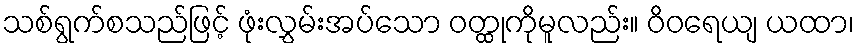
သစ်ရွက်စသည်ဖြင့် ဖုံးလွှမ်းအပ်သော ဝတ္ထုကိုမူလည်း။ ဝိဝရေယျ ယထာ၊